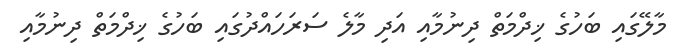
މާލޭގައި ބަހުގެ ޚިދްމަތް ދިނުމާއި އަދި މާލެ ސަރަހައްދުގައި ބަހުގެ ޚިދްމަތް ދިނުމާއި